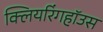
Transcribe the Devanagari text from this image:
क्लियरिंगहॉउस